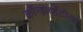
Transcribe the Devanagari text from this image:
कॉन्झर्व्हेटीव्ह